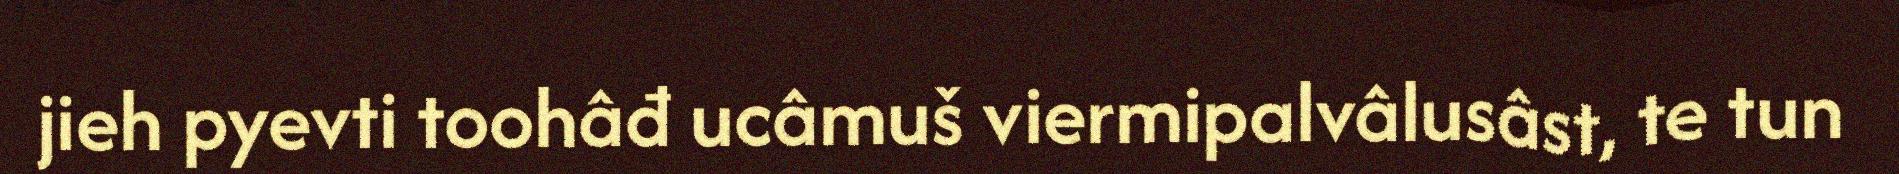
jieh pyevti toohâđ ucâmuš viermipalvâlusâst, te tun